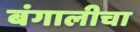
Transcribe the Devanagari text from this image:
बंगालीचा